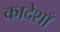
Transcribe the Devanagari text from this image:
कादेशाँ